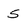
Character: 5